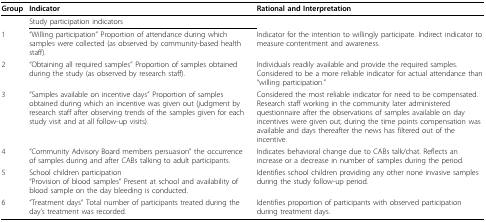
| Group | Indicator | Rational and Interpretation |
 | --- | --- | --- |
 |  | Study participation indicators |  |
 | 1 | "Willing participation" Proportion of attendance during which samples were collected (as observed by community-based health staff). | Indicator for the intention to willingly participate. Indirect indicator to measure contentment and awareness. |
 | 2 | "Obtaining all required samples" Proportion of samples obtained during the study (as observed by research staff). | Individuals readily available and provide the required samples. Considered to be a more reliable indicator for actual attendance than "willing participation." |
 | 3 | "Samples available on incentive days" Proportion of samples obtained during which an incentive was given out (judgment by research staff after observing trends of the samples given for each study visit and at all follow-up visits). | Considered the most reliable indicator for need to be compensated. Research staff working in the community later administered questionnaire after the observations of samples available on day incentives were given out, during the time points compensation was available and days thereafter the news has filtered out of the incentive. |
 | 4 | "Community Advisory Board members persuasion" the occurrence of samples during and after CABs talking to adult participants. | Indicates behavioral change due to CABs talk/chat. Reflects an increase or a decrease in number of samples during the period. |
 | 5 | School children participation"Provision of blood samples" Present at school and availability of blood sample on the day bleeding is conducted. | Identifies school children providing any other none invasive samples during the study follow-up period. |
 | 6 | "Treatment days" Total number of participants treated during the day's treatment was recorded. | Identifies proportion of participants with observed participation during treatment days. |